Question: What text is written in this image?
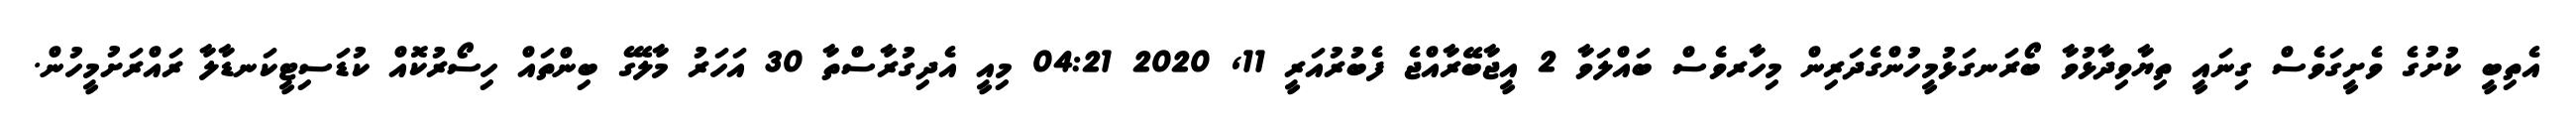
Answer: އެތިބީ ކުށުގެ ވެށީގަވެސް ގިނައީ ތިޔާވިދާޅުވާ ބޯރަނގަޅުމީހުންގެދަރިން މިހާރވެސް ބައްލަވާ 2 އީޖާބޭރާއްޖެ ފެބުރުއަރީ 11, 2020 04:21 މިއީ އެދިގުރާސްތާ 30 އަހަރު މާލޭގެ ބިންތައް ހިސޯރުކޮއް ކުޑަސިޓީކަނޑާލާ ރައްރަށުމީހުން.